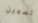
تسمين